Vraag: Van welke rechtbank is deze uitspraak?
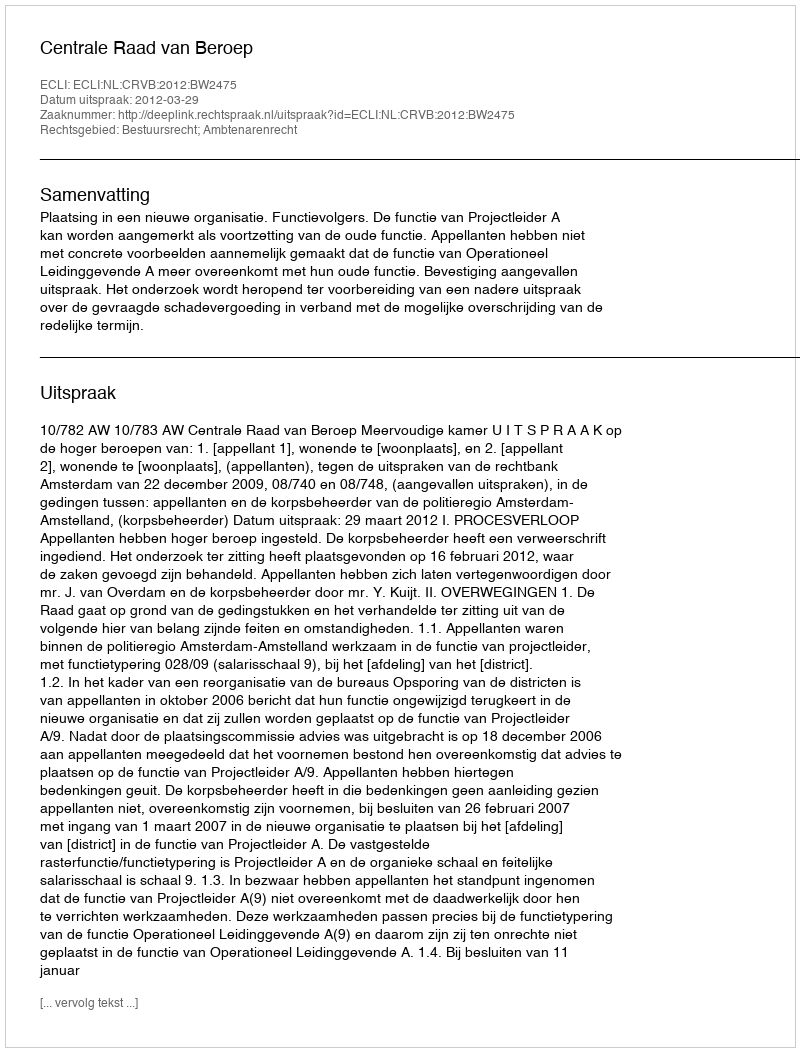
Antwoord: Centrale Raad van Beroep